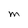
Character: M